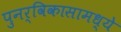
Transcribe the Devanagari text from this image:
पुनर्विकासामध्ये